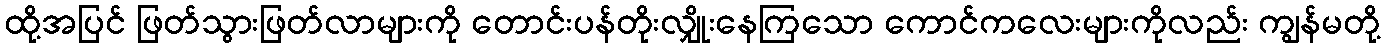
ထို့အပြင် ဖြတ်သွားဖြတ်လာများကို တောင်းပန်တိုးလျှိုးနေကြသော ကောင်ကလေးများကိုလည်း ကျွန်မတို့